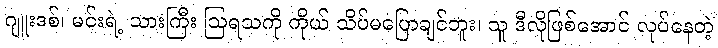
ဂျူးဒစ်၊ မင်းရဲ့ သားကြီး ဩရသကို ကိုယ် သိပ်မပြောချင်ဘူး၊ သူ ဒီလိုဖြစ်အောင် လုပ်နေတဲ့